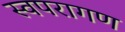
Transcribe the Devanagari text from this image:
स्वपरागण